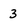
Character: 3